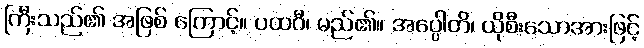
ကြီးသည်၏ အဖြစ် ကြောင့်။ ပထဝီ၊ မည်၏။ အပ္ပေါတိ၊ ယိုစီးသောအားဖြင့်